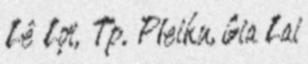
Lê Lợi, Tp. Pleiku, Gia Lai